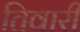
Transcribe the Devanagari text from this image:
तिवारीं